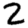
Digit: 2